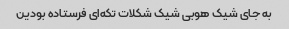
به جای شیک هوبی شیک شکلات تکه‌ای فرستاده بودین